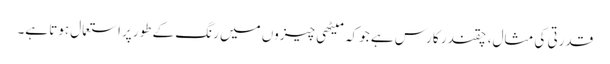
قدرتی کی مثال، چقندر کا رس ہے جو کہ میٹھی چیزوں میں رنگ کے طور پراستعمال ہوتا ہے۔